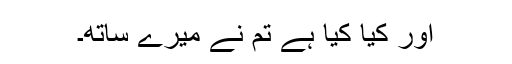
اور کیا کیا ہے تم نے میرے ساتھ۔